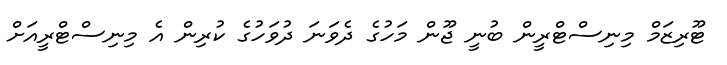
ޓޫރިޒަމް މިނިސްޓްރީން ބުނީ ޖޫން މަހުގެ ދެވަނަ ދުވަހުގެ ކުރިން އެ މިނިސްޓްރީއަށް